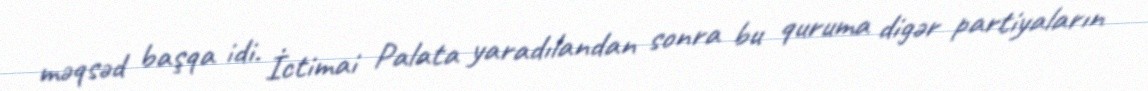
məqsəd başqa idi. İctimai Palata yaradılandan sonra bu quruma digər partiyaların